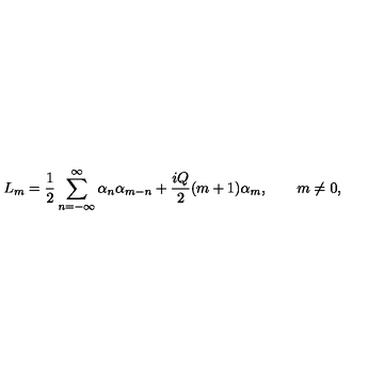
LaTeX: L _ { m } = \frac { 1 } { 2 } \sum _ { n = - \infty } ^ { \infty } \alpha _ { n } \alpha _ { m - n } + \frac { i Q } { 2 } ( m + 1 ) \alpha _ { m } , \qquad m \neq 0 ,